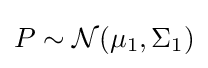
P\sim {\mathcal {N}}(\mu _{1},\Sigma _{1})